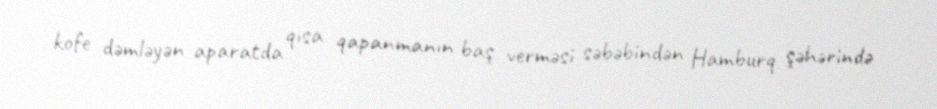
kofe dəmləyən aparatda qısa qapanmanın baş verməsi səbəbindən Hamburq şəhərində